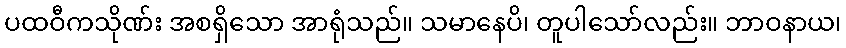
ပထဝီကသိုဏ်း အစရှိသော အာရုံသည်။ သမာနေပိ၊ တူပါသော်လည်း။ ဘာဝနာယ၊